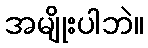
အမျိုးပါဘဲ။